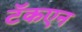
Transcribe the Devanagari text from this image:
टॅकएन